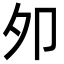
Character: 夘